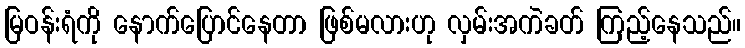
မြဝန်းရံကို နောက်ပြောင်နေတာ ဖြစ်မလားဟု လှမ်းအကဲခတ် ကြည့်နေသည်။